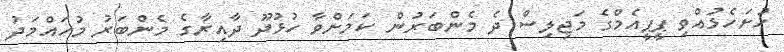
ހުށަހެޅުއްވި ޕީޕީއެމްގެ މަޖިލިސް ދެ މެންބަރުން ކަމަށްވާ ހުޅުދޫ ދާއިރާގެ މެންބަރު މުހައްމަދު